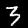
Digit: 3